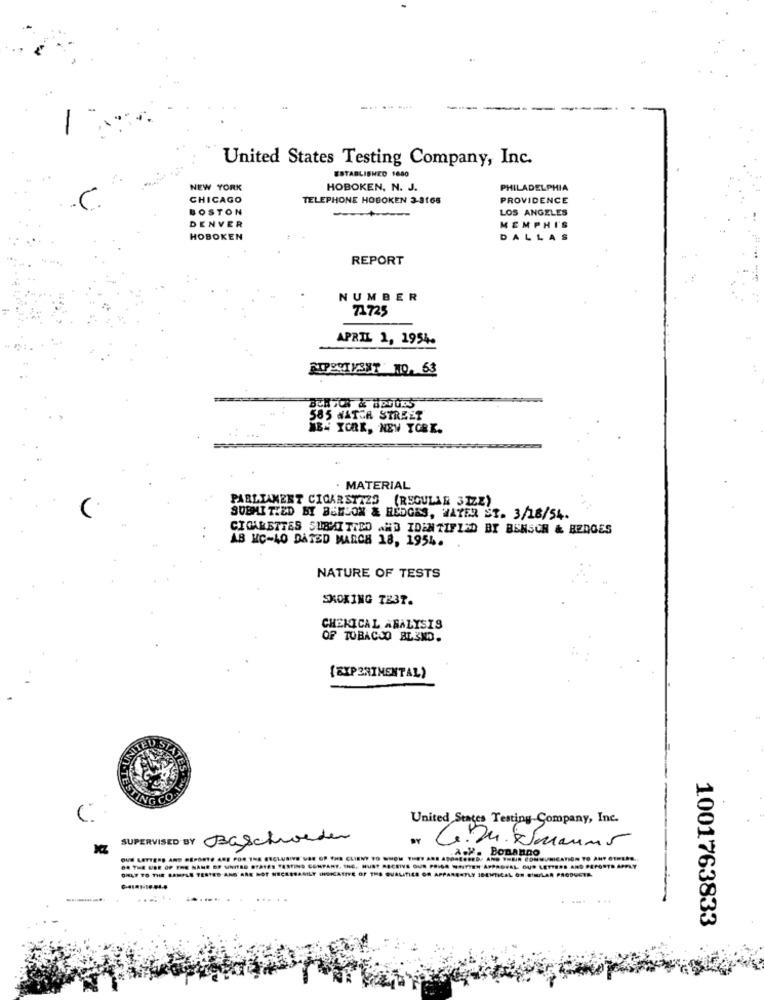
... .. ....
United States Testing Company, Inc.
ESTABLISHED 1680
NEW YORK
HOBOKEN, N. J.
PHILADELPHIA
.C
CHICAGO
TELEPHONE HOBOKEN 3-8165
PROVIDENCE
BOSTON
LOS ANGELES
DENVER
-+-
MEMPHI'S
HOBOKEN
DALLA
REPORT
NUMBER
71725
APRIL 1, 1954.
585 WATER STREET
NB4 YCAR, NEW YORK.
MATERIAL
PARLIAMENT CIGARETTES (REGULAR 3IZZ)
SUBMITTED BY BENSON & HEDGES, WATER ST. 3/18/54.
CIGARETTES SURAI TIDO AND IDENTIFIED BY BENSCH & BEDGES
AB MC-LO DATED MARCH 18, 1954.
NATURE OF TESTS
SMOKING TE37.
CHEKICAL ARALYSIS
OF TOBACCO BLIND.
{EXPERIMENTAL)
UNITED SIAT
United States Testing Company, Inc.
SUPERVISED BY Baschiorder
4.Du. Smauns
A.P. Bonanno
OUS LETTERS AND REPORTS AOS POR THE ESCLUSIVO VAR OP THE CLIENT TO WHOM THEY ARE 49 ..... 0, AND THEIR COMMUNICATION TO ANY OTHERS ..
OR THE USE OF THE NAME OF UNITED STATES TESTING COMPANY. ING. HUST RECEIVE OUR PRISA ** ITTEN APPROVAL OUR LETTERS AND REPORTS APPLY
OHAT TO THE SAMPLE TESTED AND ARE NOT NECESSARILY INDICATIVE OF THE QUALITIES OR APPARENTLY IDENTICAL ON BİRLAR PRODUCTE.
1001763833